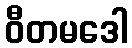
ဝီတမဒေါ